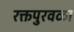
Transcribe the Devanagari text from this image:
रक्तपुरवळा